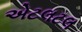
એટલટલ